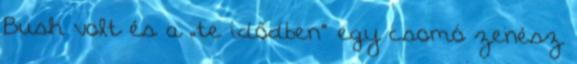
Bush volt és a „te idődben” egy csomó zenész